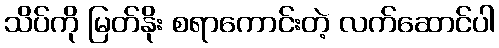
သိပ်ကို မြတ်နိုး စရာကောင်းတဲ့ လက်ဆောင်ပါ